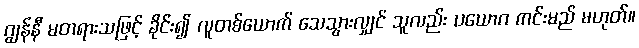
ဂျွန်နီ မတရားသဖြင့် ခိုင်း၍ လူတစ်ယောက် သေသွားလျှင် သူလည်း ပယောဂ ကင်းမည် မဟုတ်။